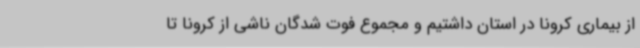
از بیماری کرونا در استان داشتیم و مجموع فوت شدگان ناشی از کرونا تا